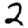
Digit: 2